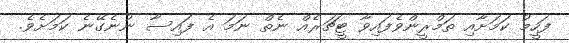
ފަހީމު ކަމަށާއި ތަމްރީންވެފައިވާ ޓީޗަރެއް ނެތް ނަމަ އެ ފައިސާ ނުނެގޭނެ ކަމަށެވެ.